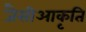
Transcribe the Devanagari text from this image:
जैसीआकृति